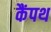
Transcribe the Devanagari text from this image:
कैंपथ